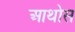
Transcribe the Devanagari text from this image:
आथोस